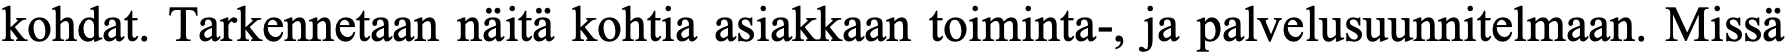
kohdat. Tarkennetaan näitä kohtia asiakkaan toiminta-, ja palvelusuunnitelmaan. Missä